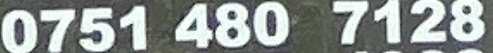
0751 480 7128